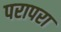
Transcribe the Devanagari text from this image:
परापरा